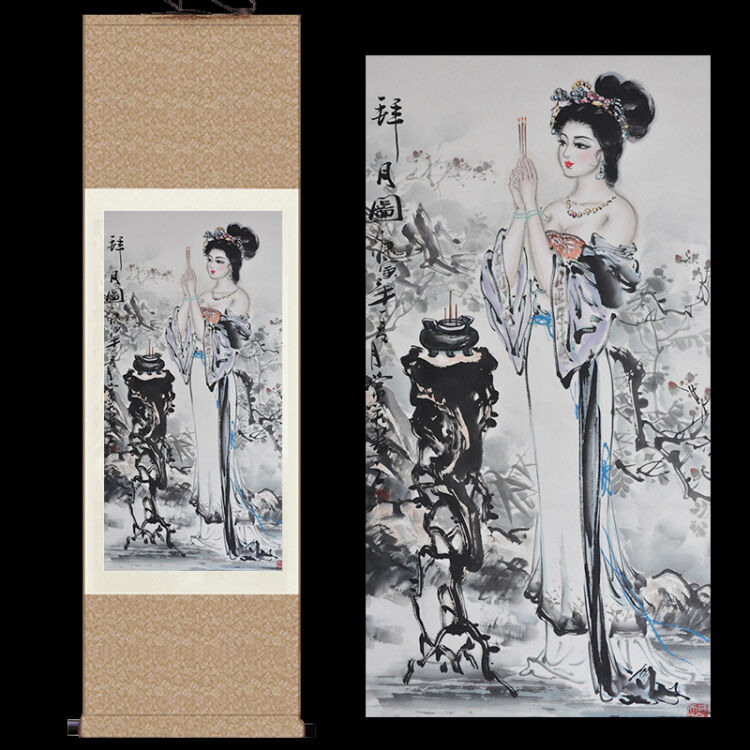
天子居未央，妾侍卷衣裳。